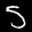
Label: 5